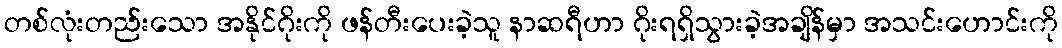
တစ်လုံးတည်းသော အနိုင်ဂိုးကို ဖန်တီးပေးခဲ့သူ နာဆရီဟာ ဂိုးရရှိသွားခဲ့အချိန်မှာ အသင်းဟောင်းကို